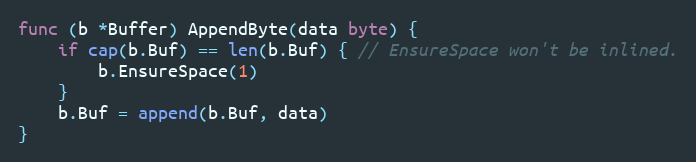
Language: Go
func (b *Buffer) AppendByte(data byte) {
	if cap(b.Buf) == len(b.Buf) { // EnsureSpace won't be inlined.
		b.EnsureSpace(1)
	}
	b.Buf = append(b.Buf, data)
}